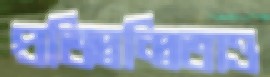
প্রতিদ্বন্দ্বিতাও